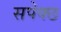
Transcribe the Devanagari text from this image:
सपेक्छ